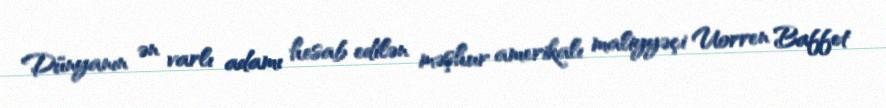
Dünyanın ən varlı adamı hesab edilən məşhur amerikalı maliyyəçi Uorren Baffet